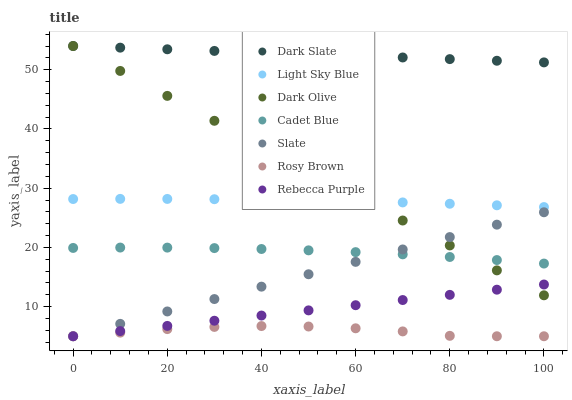
| xaxis_label | Dark Slate | Light Sky Blue | Dark Olive | Cadet Blue | Slate | Rosy Brown | Rebecca Purple |
 | --- | --- | --- | --- | --- | --- | --- | --- |
 | 0 | 54 | 28.2 | 54 | 19.9 | 5 | 5 | 5 |
 | 10 | 53.7 | 28.2 | 49.8 | 20 | 7.09 | 5.61 | 5.87 |
 | 20 | 53.4 | 28.2 | 45.6 | 20 | 9.19 | 6.21 | 6.75 |
 | 30 | 53.2 | 28.1 | 41.4 | 19.9 | 11.3 | 6.57 | 7.62 |
 | 40 | 52.9 | 28.1 | 37.2 | 19.7 | 13.4 | 6.72 | 8.49 |
 | 50 | 52.6 | 27.9 | 33 | 19.5 | 15.5 | 6.64 | 9.37 |
 | 60 | 52.3 | 27.8 | 28.7 | 19.2 | 17.6 | 6.34 | 10.2 |
 | 70 | 52.1 | 27.6 | 24.5 | 18.8 | 19.7 | 5.82 | 11.1 |
 | 80 | 51.8 | 27.4 | 20.3 | 18.4 | 21.7 | 5.07 | 12 |
 | 90 | 51.5 | 27.1 | 16.1 | 17.9 | 23.8 | 5 | 12.9 |
 | 100 | 51.2 | 26.8 | 11.9 | 17.3 | 25.9 | 5 | 13.7 |